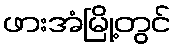
ဖားအံမြို့တွင်